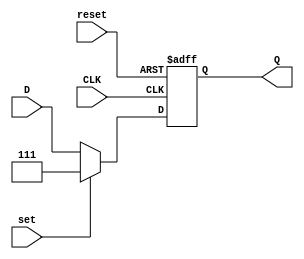
module FlipD(input wire CLK,input wire [2:0]D, input wire reset, input wire set, output [2:0]Q);
reg Q;
	always @(posedge CLK or	posedge reset)
		if (reset)begin
		Q <= 3'b000;
	end else if (set)begin
		Q <= 3'b111;
	end else begin
		Q <= D;
	end
endmodule
module MEF2 (input wire A, input wire C,input wire R,input wire S, output wire [2:0]Y);
	wire [2:0]D;
	wire [2:0]Q;
	FlipD U1(C,D,R,S,Q);
	//tabla de transiciones
	assign D[2] = (~Q[2]&Q[1]&Q[0]&A)|(~Q[2]&~Q[1]&~Q[0]&~A)|(Q[2]&~Q[1]&Q[0])|(Q[2]&~Q[0]&A)|(Q[2]&Q[1]&~A);
	assign D[1] = (~Q[1]&Q[0]&A)|(Q[1]&~Q[0]&A)|(Q[1]&Q[0]&~A)|(~Q[1]&~Q[0]&~A);
	assign D[0] = ~Q[0]; 
	//tabla de salidas
	assign Y[2] = Q[2];
	assign Y[1] = (~Q[2]&Q[1])|(Q[2]&~Q[1]);
	assign Y[0] = (Q[1]&~Q[0])|(~Q[1]&Q[0]);
endmodule